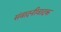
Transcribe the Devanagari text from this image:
संवादनीवादक